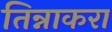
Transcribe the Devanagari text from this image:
तिन्नाकरा